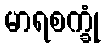
မာရစက္ခုံ